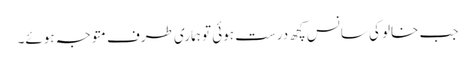
جب خالو کی سانس کچھ درست ہوئی تو ہماری طرف متوجہ ہوئے۔